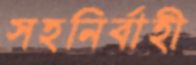
সহনির্বাহী